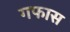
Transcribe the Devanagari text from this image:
गफास